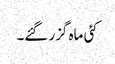
کئی ماہ گزر گئے۔